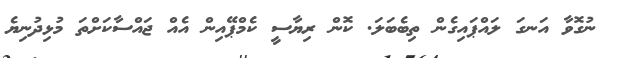
ނުގޮވާ އަނގަ ލައްޕައިގެން ތިބެބަލަ. ކޮން ރިޔާސީ ކެމްޕޭއިން އެއް ޖައްސާކަށްތަ މުޅިދުނިޔެ